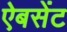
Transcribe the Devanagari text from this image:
ऐबसेंट